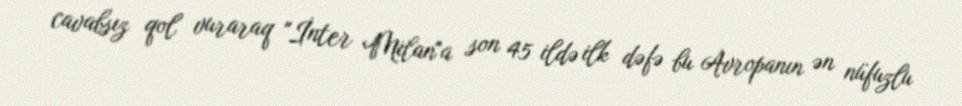
cavabsız qol vuraraq "İnter Milan"a son 45 ildə ilk dəfə bu Avropanın ən nüfuzlu